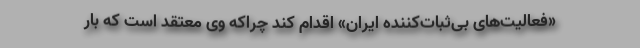
«فعالیت‌های بی‌ثبات‌کننده ایران» اقدام کند چراکه وی معتقد است که بار